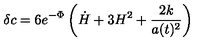
\delta c = 6 e ^ { - \Phi } \left( { \dot { H } } + 3 H ^ { 2 } + \frac { 2 k } { a ( t ) ^ { 2 } } \right)